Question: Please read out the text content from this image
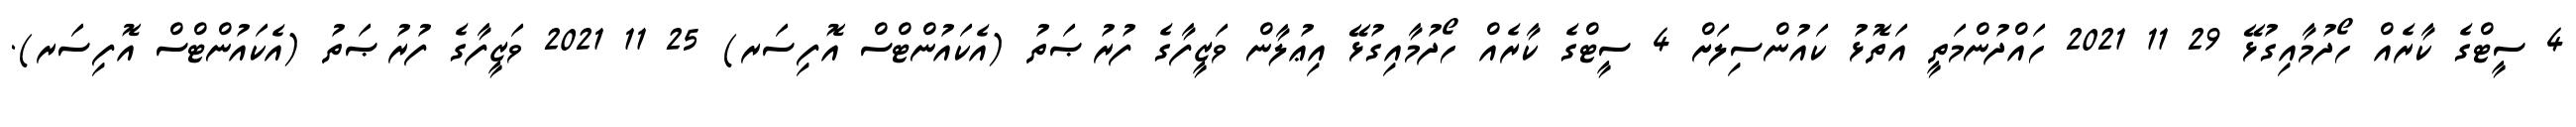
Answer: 4 ސީޓްގެ ކާރެއް ހޯދުމާއިގުޅޭ 29 11 2021 ހައްދުންމަތީ އަތޮޅު ކައުންސިލަށް 4 ސީޓްގެ ކާރެއް ހޯދުމާއިގުޅޭ އިޢުލާން ވަޒީފާގެ ފުރުޞަތު (އެކައުންޓްސް އޮފިސަރ) 25 11 2021 ވަޒީފާގެ ފުރުޞަތު (އެކައުންޓްސް އޮފިސަރ).